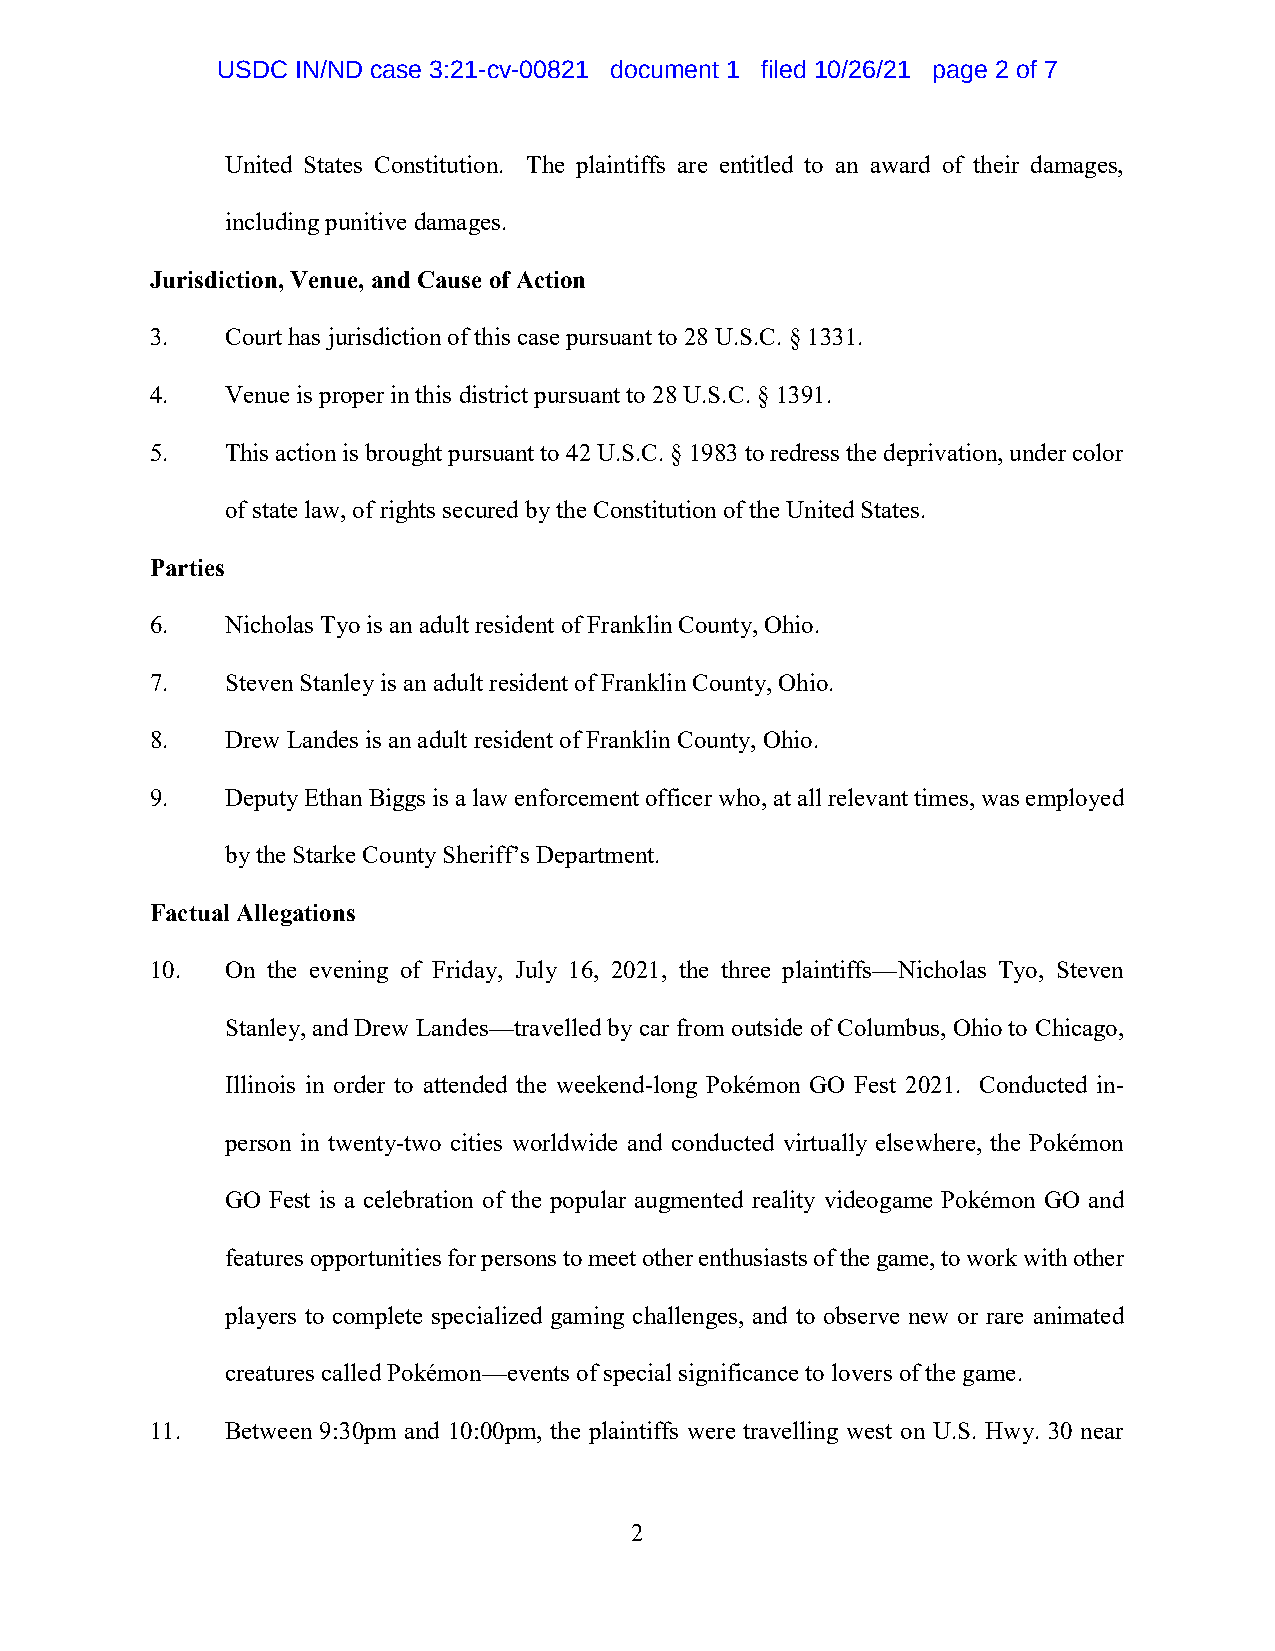
USDC  IN/ND case 3:21-cv-00821 document 1 filed 10/26/21 page 2 of 7
 United States Constitution. The plaintiffs are entitled to an award of their damages,
 including punitive damages.
 Jurisdiction, Venue, and Cause of Action
 3.   Court has jurisdiction of this case pursuant to 28 U.S.C. § 1331.
 4.   Venue is proper in this district pursuant to 28 U.S.C. § 1391.
 5.   This action is brought pursuant to 42 U.S.C. § 1983 to redress the deprivation, under color
 of state law, of rights secured by the Constitution of the United States.
 Parties
 6.   Nicholas Tyo is an adult resident of Franklin County, Ohio.
 7.   Steven Stanley is an adult resident of Franklin County, Ohio.
 8.   Drew Landes is an adult resident of Franklin County, Ohio.
 9.   Deputy Ethan Biggs is a law enforcement officer who, at all relevant times, was employed
 by the Starke County Sheriff’s Department.
 Factual Allegations
 10.  On the evening of Friday, July 16, 2021, the three plaintiffs—Nicholas Tyo, Steven
 Stanley, and Drew Landes—travelled by car from outside of Columbus, Ohio to Chicago,
 Illinois in order to attended the weekend-long Pokémon GO Fest 2021. Conducted in-
 person in twenty-two cities worldwide and conducted virtually elsewhere, the Pokémon
 GO Fest is a celebration of the popular augmented reality videogame Pokémon GO and
 features opportunities for persons to meet other enthusiasts of the game, to work with other
 players to complete specialized gaming challenges, and to observe new or rare animated
 creatures called Pokémon—events of special significance to lovers of the game.
 11.  Between 9:30pm and 10:00pm, the plaintiffs were travelling west on U.S. Hwy. 30 near
 2